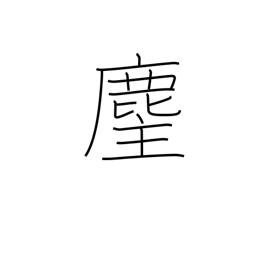
Meaning: priest's horsehair flapper